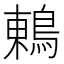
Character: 鶇